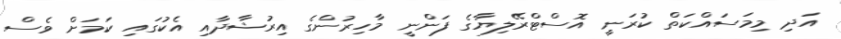
އަދި މިމަސައްކަތް ކުރަނީ އޮސްޓްރޭލިޔާގެ ފަންނީ މާހިރުންގެ އިރުޝާދާއި އެކުގައި ކަމަށް ވެސް